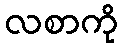
လစာကို